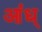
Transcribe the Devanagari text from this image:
आंध्